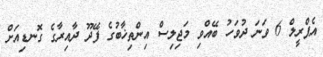
އެޕްރީލް 6 ވަނަ ދުވަހު ބޭއްވި މަޖިލިސް އިންތިޚާބުގެ ފޭދޫ ދާއިރާގެ ގޮނޑިއަށް